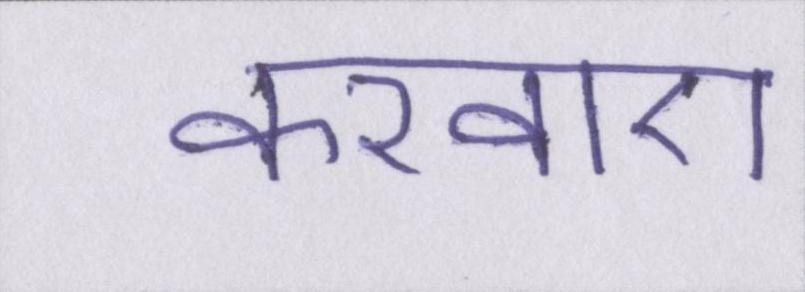
करवाए